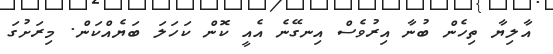
އާލިޔާ ތިހެން ބުނާ އިރުވެސް އިނގޭނެ އެއީ ކޮން ކަހަލަ ބަޔެއްކަން. މިރަށުގަ